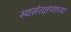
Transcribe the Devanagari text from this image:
स्वसंरक्षणाच्या